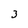
Character: 3